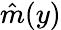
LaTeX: \hat{m}(y)